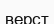
верст